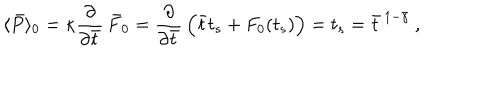
\langle \bar { P } \rangle _ { 0 } = \kappa { \frac { \partial } { \partial \bar { t } } } \, \bar { F } _ { 0 } = { \frac { \partial } { \partial \bar { t } } } \, \Bigl ( \bar { t } t _ { s } + F _ { 0 } ( t _ { s } ) \Bigr ) = t _ { s } = \bar { t } ^ { \, 1 - \bar { \gamma } } \ ,